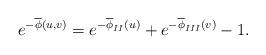
LaTeX: \begin{align*}e^{-\overline{\phi}(u,v)}=e^{-\overline{\phi}_{II}(u)}+e^{-\overline{\phi}_{III}(v)}-1.\end{align*}